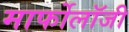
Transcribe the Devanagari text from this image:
मार्फोलॉजी